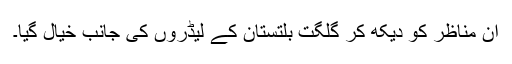
ان مناظر کو دیکھ کر گلگت بلتستان کے لیڈروں کی جانب خیال گیا۔